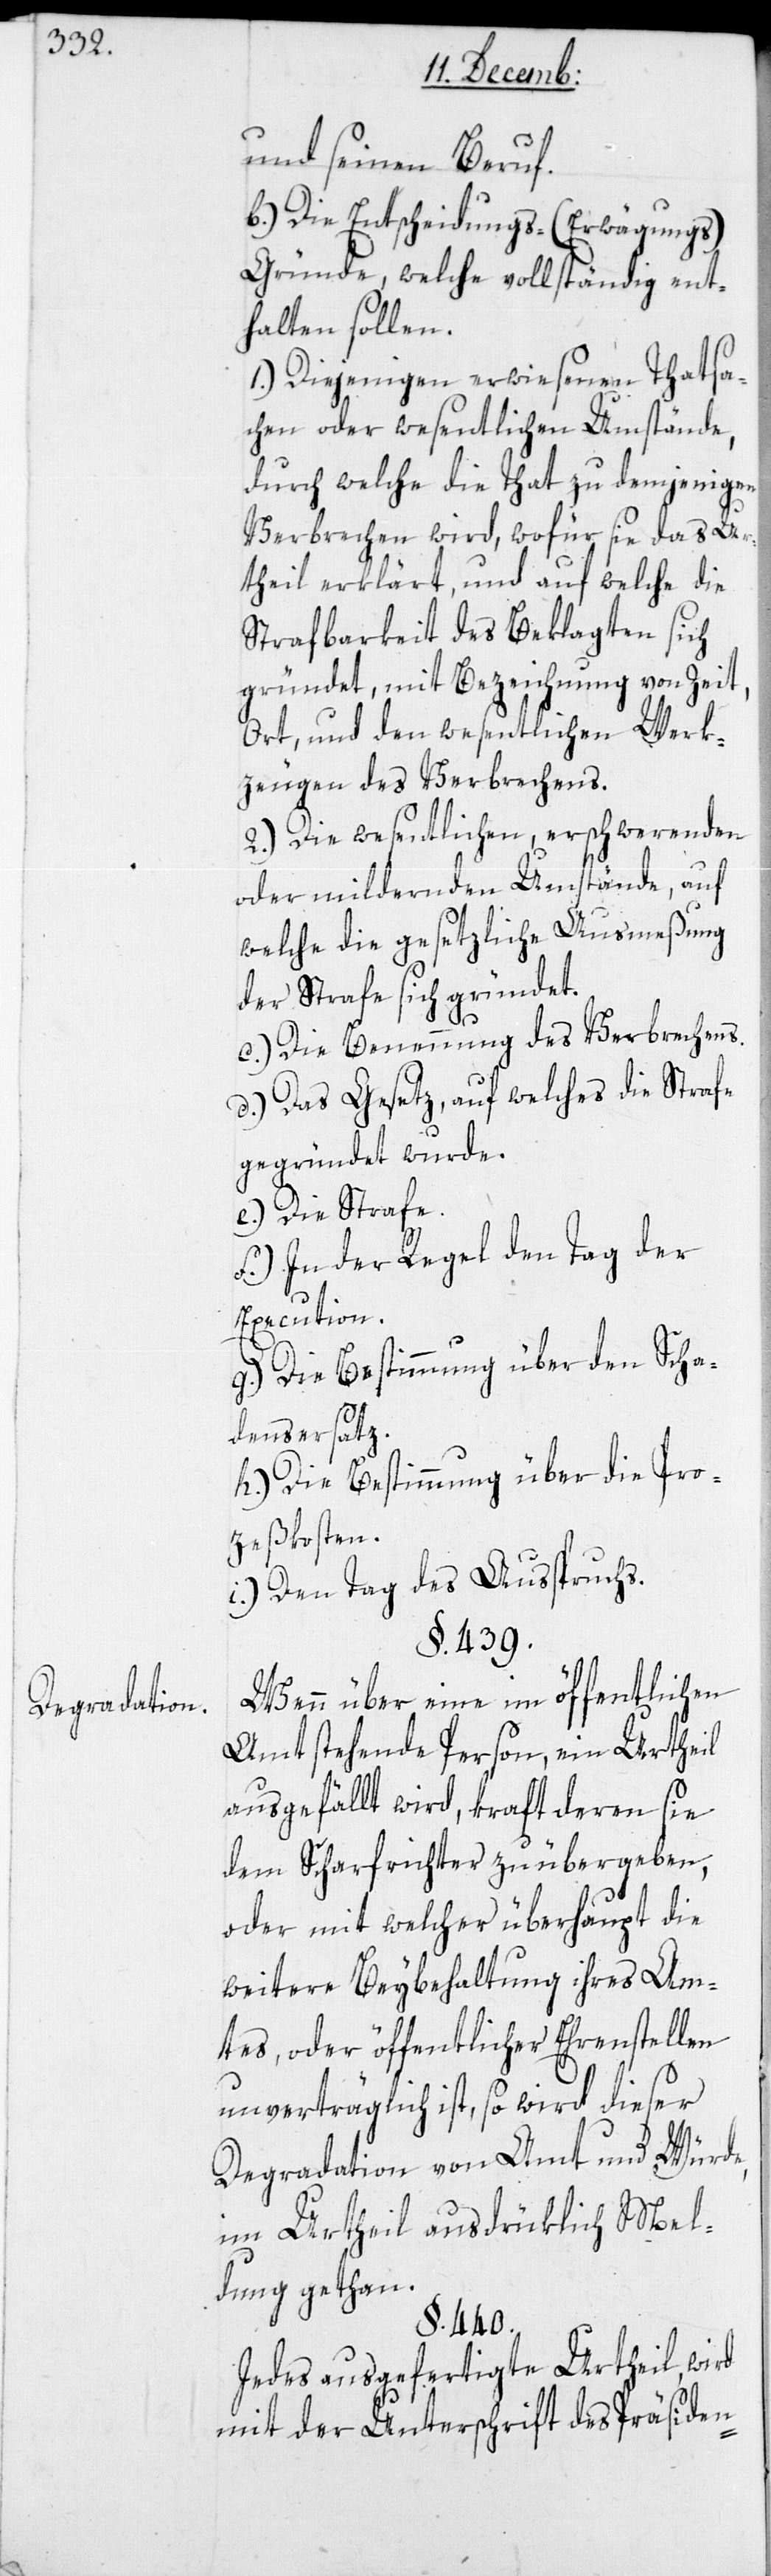
ten

Degradation.

und seinen Beruf.
b.) Die Entscheidungs- (Erwägungs-)
Gründe, welche vollständig ent¬
halten sollen:
1.) Diejenigen erwiesenen Thatsa¬
chen oder wesentlichen Umstände,
durch welche die That zu demjenigen
Verbrechen wird, wofür sie das Ur¬
theil erklärt, und auf welche die
Strafbarkeit des Beklagten sich
gründet, mit Bezeichnung von Zeit,
Ort und den wesentlichen Werk¬
zeugen des Verbrechens.
2.) Die wesentlichen, erschwerenden
oder mildernden Umstände, auf
welche die gesetzliche Ausmeßung
der Strafe sich gründet.
c.) Die Benennung des Verbrechens.
d.) Das Gesetz, auf welches die Strafe
gegründet wurde.
e.) Die Strafe.
f.) In der Regel den Tag der
Execution.
g.) Die Bestimmung über den Scha¬
densersatz.
h.) Die Bestimmung über die Pro¬
zeßkosten.
i.) Den Tag des Ausspruchs.
§. 439.
Wenn über eine im öffentlichen
Amt stehende Person, ein Urtheil
ausgefällt wird, kraft deren sie
dem Scharfrichter zu übergeben,
oder mit welcher überhaupt die
weitere Beybehaltung ihres Am¬
tes, oder öffentlicher Ehrenstellen
unverträglich ist, so wird dieser
Degradation von Amt und Würde,
im Urtheil ausdrüklich Mel¬
dung getan.
§. 440.
Jedes ausgefertigte Urtheil wird,
mit der Unterschrift des Präsiden¬